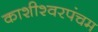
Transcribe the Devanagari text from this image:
काशीश्वरपंचम